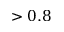
> 0 . 8